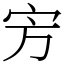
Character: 㝑